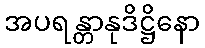
အပရန္တာနုဒိဋ္ဌိနော